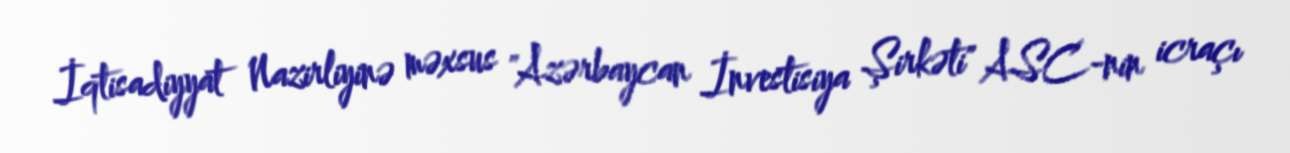
İqtisadiyyat Nazirliyinə məxsus "Azərbaycan İnvestisiya Şirkəti" ASC-nin icraçı